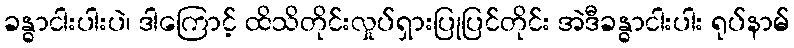
ခန္ဓာငါးပါးပဲ၊ ဒါကြောင့် ထိသိတိုင်းလှုပ်ရှားပြုပြင်တိုင်း အဲဒီခန္ဓာငါးပါး ရုပ်နာမ်